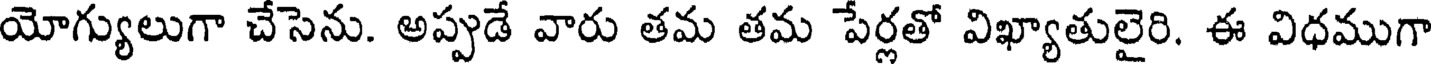
యోగ్యులుగా చేసెను. అప్పుడే వారు తమ తమ పేర్లతో విఖ్యాతులైరి. ఈ విధముగా